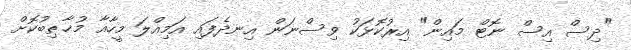
"ދިސް އިސް ނޮޓް މައިން" އިރުކޮޅަކު ވިސްނަން އިނދެފައި އަމިއްލަ މީހާއާ މުޚާޠިބުކޮށް